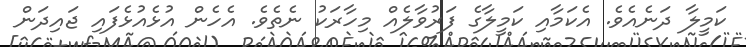
ކަމީލާ ދަނެއެވެ. އެކަމާއި ކަމީލާގެ ފަރުވާލެއް މިހާރަކު ނެތެވެ. އެހެން އުޅެއުޅެފައި ޖައިދަން